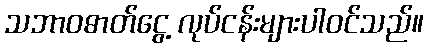
သဘာဝဓာတ်ငွေ့ လုပ်ငန်းများပါဝင်သည်။